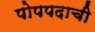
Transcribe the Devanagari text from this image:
पोपपदाची